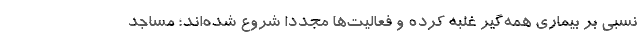
نسبی بر بیماری همه‌گیر غلبه کرده و فعالیت‌ها مجددا شروع شده‌اند؛ مساجد